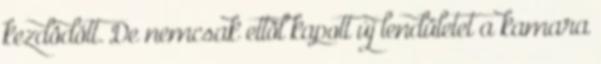
kezdôdött. De nemcsak ettôl kapott új lendületet a kamara